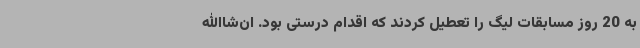
به 20 روز مسابقات لیگ را تعطیل کردند که اقدام درستی بود. ان‌شاالله